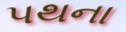
પથના